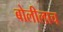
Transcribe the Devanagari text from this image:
बोलीलाच